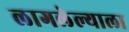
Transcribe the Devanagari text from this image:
लागलेल्याला